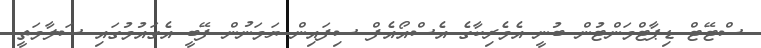
ސްޓޭޓް ޑިޕާޓްމަންޓުން ބުނީ އެމެރިކާގެ އެސްއޯއެފް ސިފައިން ޔަމަނުން ފޭބީ އެގައުމުގައި ސަލާމަތީ